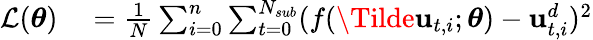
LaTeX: \begin{array}{rl}{\mathcal{L}(\boldsymbol{\theta})}&{{}=\frac{1}{N}\sum_{i=0}^{n}\sum_{t=0}^{N_{sub}}(f(\Tilde{\mathbf{u}}_{t,i};\boldsymbol{\theta})-\mathbf{u}_{t,i}^{d})^{2}}\end{array}